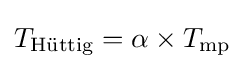
T_{\mathrm {\text{Hüttig}} }=\alpha \times T_{\mathrm {mp} }